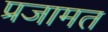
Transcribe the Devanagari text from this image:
प्रजामत